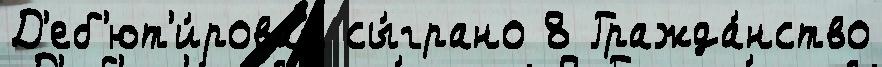
Д'еб'ют'и́ровал сы́грано 8 Гражда́нство